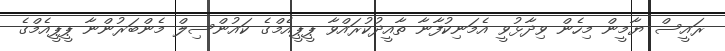
ރައީސް ޔާމީން މިހެން ވިދާޅުވީ އެމަނިކުފާނާ ތާއީދުކުރައްވާ ޕީޕީއެމްގެ ކައުންސިލް މެންބަރުންނާ ޕީޕީއެމްގެ